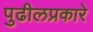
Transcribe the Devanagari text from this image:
पुढीलप्रकारे